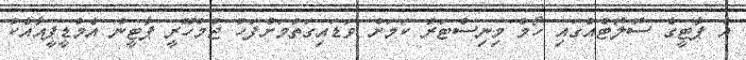
އެ ޕާޓީގެ ސޮލޮޓެއްގައި ހޯމް މިނިސްޓަރު ކަމަށް ވަޑައިގަތުމަށްފަހު ޖުމްހޫރީ ޕާޓީން އެމްޑީޕީއާއެކު